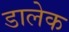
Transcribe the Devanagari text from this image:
डालेक